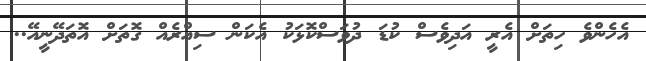
އެހެންވެ ހިތަށް އެރީ އަދިވެސް ކުޑަ ދުވަސްކޮޅަކު އެކަން ސިއްރެއް ގޮތަށް އޮތަދޭނީއޭ..